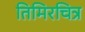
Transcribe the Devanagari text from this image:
तिमिरचित्र